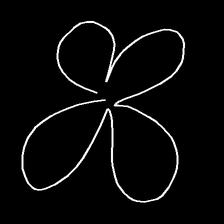
Glyph: billowing